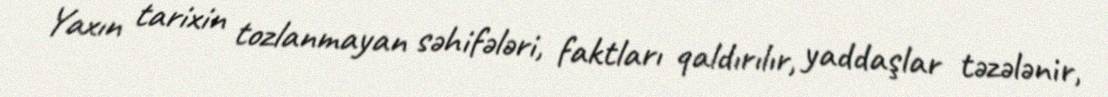
Yaxın tarixin tozlanmayan səhifələri, faktları qaldırılır, yaddaşlar təzələnir,